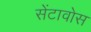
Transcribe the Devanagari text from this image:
सेंटावोस